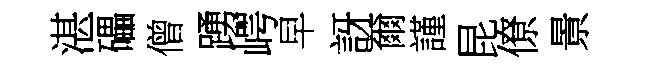
湛礧僧踴崿早訝爾謹昆僚㬌